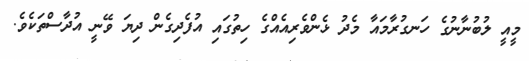
މީއީ ލުބުނާނުގެ ހަނގުރާމައާ މެދު ޅެންވެރިއެއްގެ ހިތުގައި އުފެދިގެން ދިޔަ ވޭނީ އުދާސްތަކެވެ.